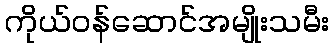
ကိုယ်ဝန်ဆောင်အမျိုးသမီး